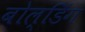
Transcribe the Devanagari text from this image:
बोल्डिंग